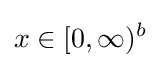
x\in [0,\infty )^{b}